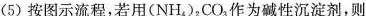
(5)按图示流程，若用(NH_{4})_{2}CO_{3}作为碱性沉淀剂，则